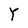
Character: Y